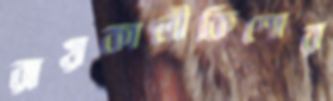
রায়কালীকিশোর